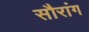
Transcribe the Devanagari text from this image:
सौरांग